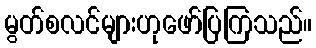
မွတ်စလင်များဟုဖော်ပြကြသည်။